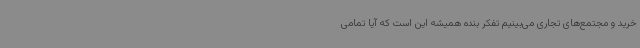
خرید و مجتمع‌های تجاری می‌بینیم تفکر بنده همیشه این است که آیا تمامی